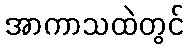
အာကာသထဲတွင်